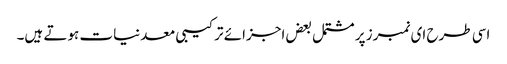
اسی طرح ای نمبرز پر مشتمل بعض اجزائے ترکیبی معدنیات ہوتے ہیں۔